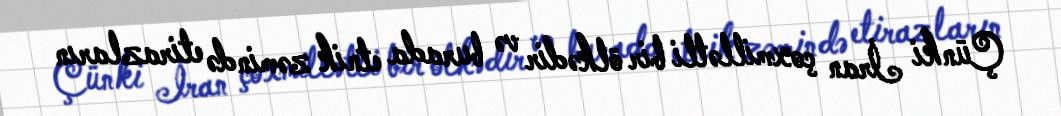
Çünki İran çoxmillətli bir ölkədir və burada etnik zəmində etirazların